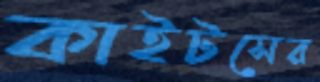
কাইটসের